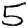
Digit: 5